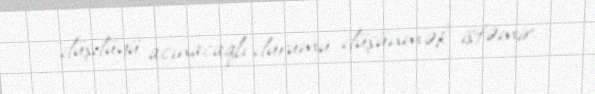
düşdüyü acınacaqlı durumu düşünmək istəmir.